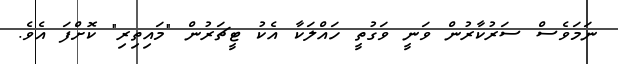
ނަމަވެސް ސަރުކާރުން ވަނީ ވަގުތީ ހައްލަކާ އެކު ޓީޗަރުން "މައިތިރި" ކޮށްފަ އެވެ.